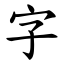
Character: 字